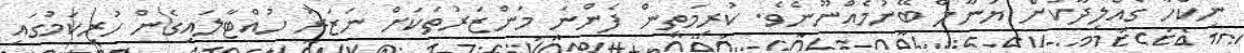
ނިކްހާ ގެއްލިދާކަށް ޔަނާލް ބޭނުމެއްނޫނެވެ. ކުރިމަތިން ފެންނަ މަންޒަރުތަކަށް ނަޒަރު ހުއްޓާލައިގެން ހުރިކަމުގައި